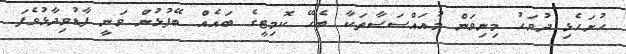
ހުށަހެޅި ދުވަހު މިނިވަން މުއައްސަސާތަކާ ބެހޭ ކޮމިޓީގެ ބައެއް ބޭފުޅުން ވަނީ ފާޑުވިދާޅުވެފަ